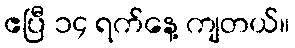
ဧပြီ ၁၄ ရက်နေ့ ကျတယ်။